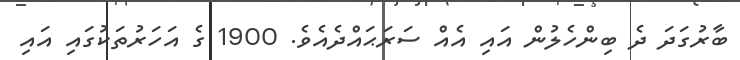
ބާރުގަދަ ދެ ބިންހެލުން އައި އެއް ސަރަޙައްދެއެވެ. 1900 ގެ އަހަރުތަކުގައި އައި